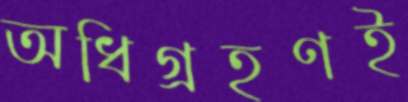
অধিগ্রহণই